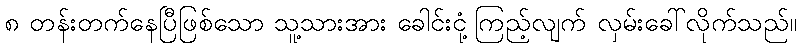
၈ တန်းတက်နေပြီဖြစ်သော သူ့သားအား ခေါင်းငုံ့ကြည့်လျက် လှမ်းခေါ်လိုက်သည်။